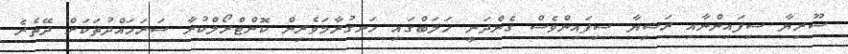
ސޫރިޔާ ސިފައިންނާއި ރަޝިޔާ ސިފައިންވެސް ގެންދަނީ ހަލަބްގައި ހަނގުރާމަވެރިން ކޮންޓްރޯލްކުރާ ސަރަހައްދުތަކަށް ދޭތެރެ